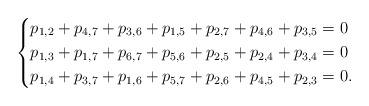
LaTeX: \begin{align*}\left\{\begin{aligned}p_{1,2}+p_{4,7}+p_{3,6}+p_{1,5}+p_{2,7}+p_{4,6}+p_{3,5}&=0\\p_{1,3}+p_{1,7}+p_{6,7}+p_{5,6}+p_{2,5}+p_{2,4}+p_{3,4}&=0\\p_{1,4}+p_{3,7}+p_{1,6}+p_{5,7}+p_{2,6}+p_{4,5}+p_{2,3}&=0.\end{aligned}\right.\end{align*}